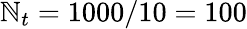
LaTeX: \mathbb{N}_{t}=1000/10=100